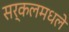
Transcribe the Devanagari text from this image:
सर्कलमधले